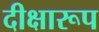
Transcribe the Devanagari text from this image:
दीक्षारूप